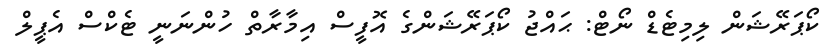
ކޯޕަރޭޝަން ލިމިޓެޑް ނޯޓް: ޙައްޖު ކޯޕަރޭޝަންގެ އޮފީސް އިމާރާތް ހުންނަނީ ޓެކްސް އެޕީލް